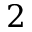
2